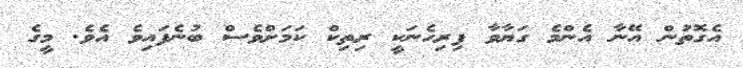
އެގޮތުން އޭނާ އެންމެ ގަޔާވާ ފިރިހެނަކީ ރިތިކް ކަމަށްވެސް ބުނެފައިވެ އެވެ. މީގެ